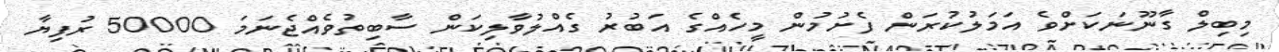
މިބިލް ގާނޫނަކަށްވެ އަމަލުކުރަން ފެށުމުން މީހެއްގެ އަބުރު ގެއްލުވާލިކަން ސާބިތުވެއްޖެނަމަ 50000 ރުފިޔާ